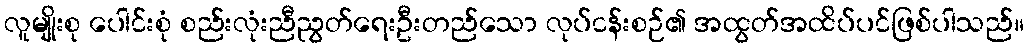
လူမျိုးစု ပေါင်းစုံ စည်းလုံးညီညွတ်ရေးဦးတည်သော လုပ်ငန်းစဉ်၏ အထွတ်အထိပ်ပင်ဖြစ်ပါသည်။